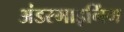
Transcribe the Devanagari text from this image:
अंडरमाइनिंग